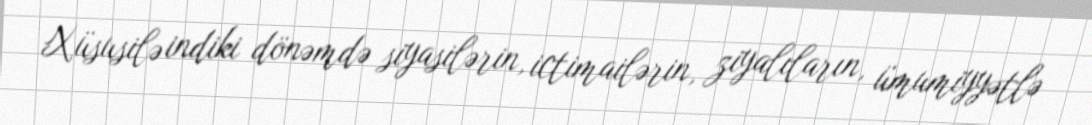
Xüsusilə indiki dönəmdə siyasilərin, ictimailərin, ziyalıların, ümumiyyətlə